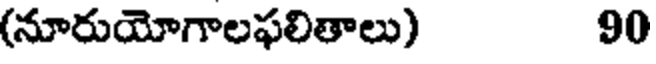
(నూరుయోగాలఫలితాలు) 90